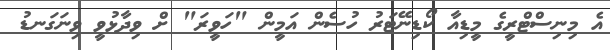
އެ މިނިސްޓްރީގެ މީޑިއާ ކޯޑިނޭޓަރު ހުސެން އަމީން "ހަވީރަ" ށް ވިދާޅުވީ ވިނަގަނޑު